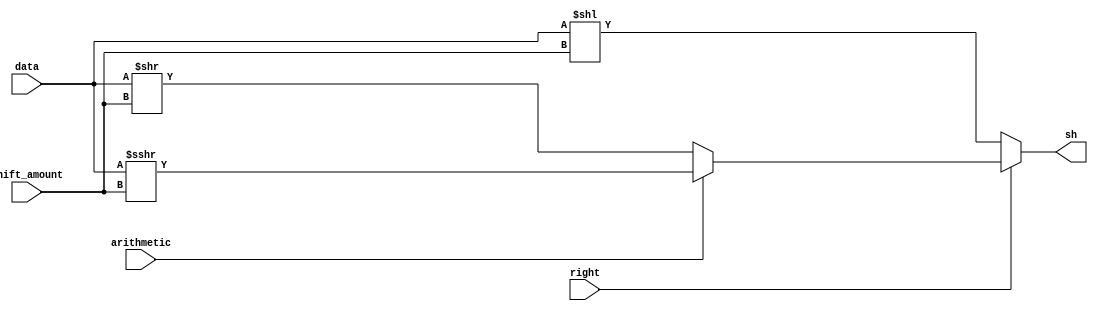
module shift(sh, data, shift_amount, right, arithmetic);
   input [31:0] data; // 32-bit data to be shifted
   input [4:0] 	shift_amount; // shift amount(0~31 bits)
   input 	right; // 1: shift right; 0: shift left
   input 	arithmetic;// 1: arithmetic; 0: logical
   output [31:0] sh;// shift result
   reg [31:0] 	 sh;

   always @ *
     begin
	if(right) // shift right
	  begin
	     if(arithmetic)
	       begin
		  sh = $signed(data) >>> shift_amount; // shift right arithmetic
	       end
	     else
	       begin
		  sh = data >> shift_amount; // shift right logical
	       end
	  end
	else
	  begin
	     sh = data << shift_amount; // shift left
	  end
     end

endmodule // shift